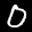
Label: 0